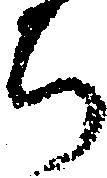
ち